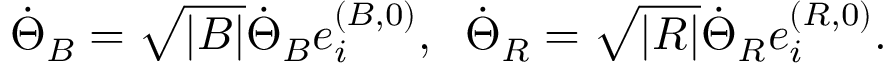
\dot { \Theta } _ { B } = \sqrt { | { \cal B } | } \dot { \Theta } _ { B } e _ { i } ^ { ( B , 0 ) } , \; \; \dot { \Theta } _ { R } = \sqrt { | { \cal R } | } \dot { \Theta } _ { R } e _ { i } ^ { ( R , 0 ) } .